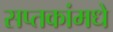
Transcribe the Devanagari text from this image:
सप्तकांमधे